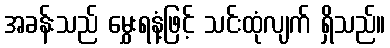
အခန်းသည် မွှေးရနံ့ဖြင့် သင်းထုံလျက် ရှိသည်။